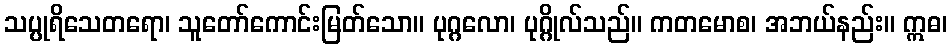
သပ္ပုရိသေတရော၊ သူတော်ကောင်းမြတ်သော။ ပုဂ္ဂလော၊ ပုဂ္ဂိုလ်သည်။ ကတမောစ၊ အဘယ်နည်း။ ဣဓ၊